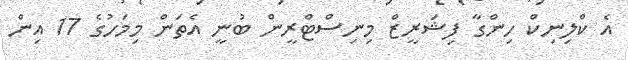
އެ ކްލިނިކް ހިންގާ ފިޝަރީޒް މިނިސްޓްރީން ބުނީ އެތަން މިމަހުގެ 17 އިން